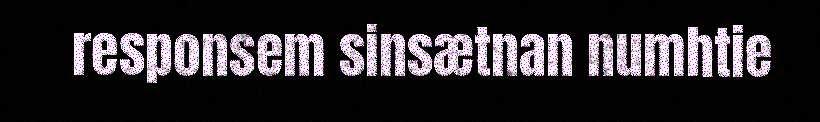
responsem sinsætnan numhtie